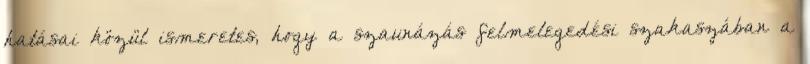
hatásai közül ismeretes, hogy a szaunázás felmelegedési szakaszában a